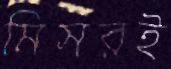
মিসরই